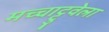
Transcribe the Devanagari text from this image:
मच्चाट्टुवेला